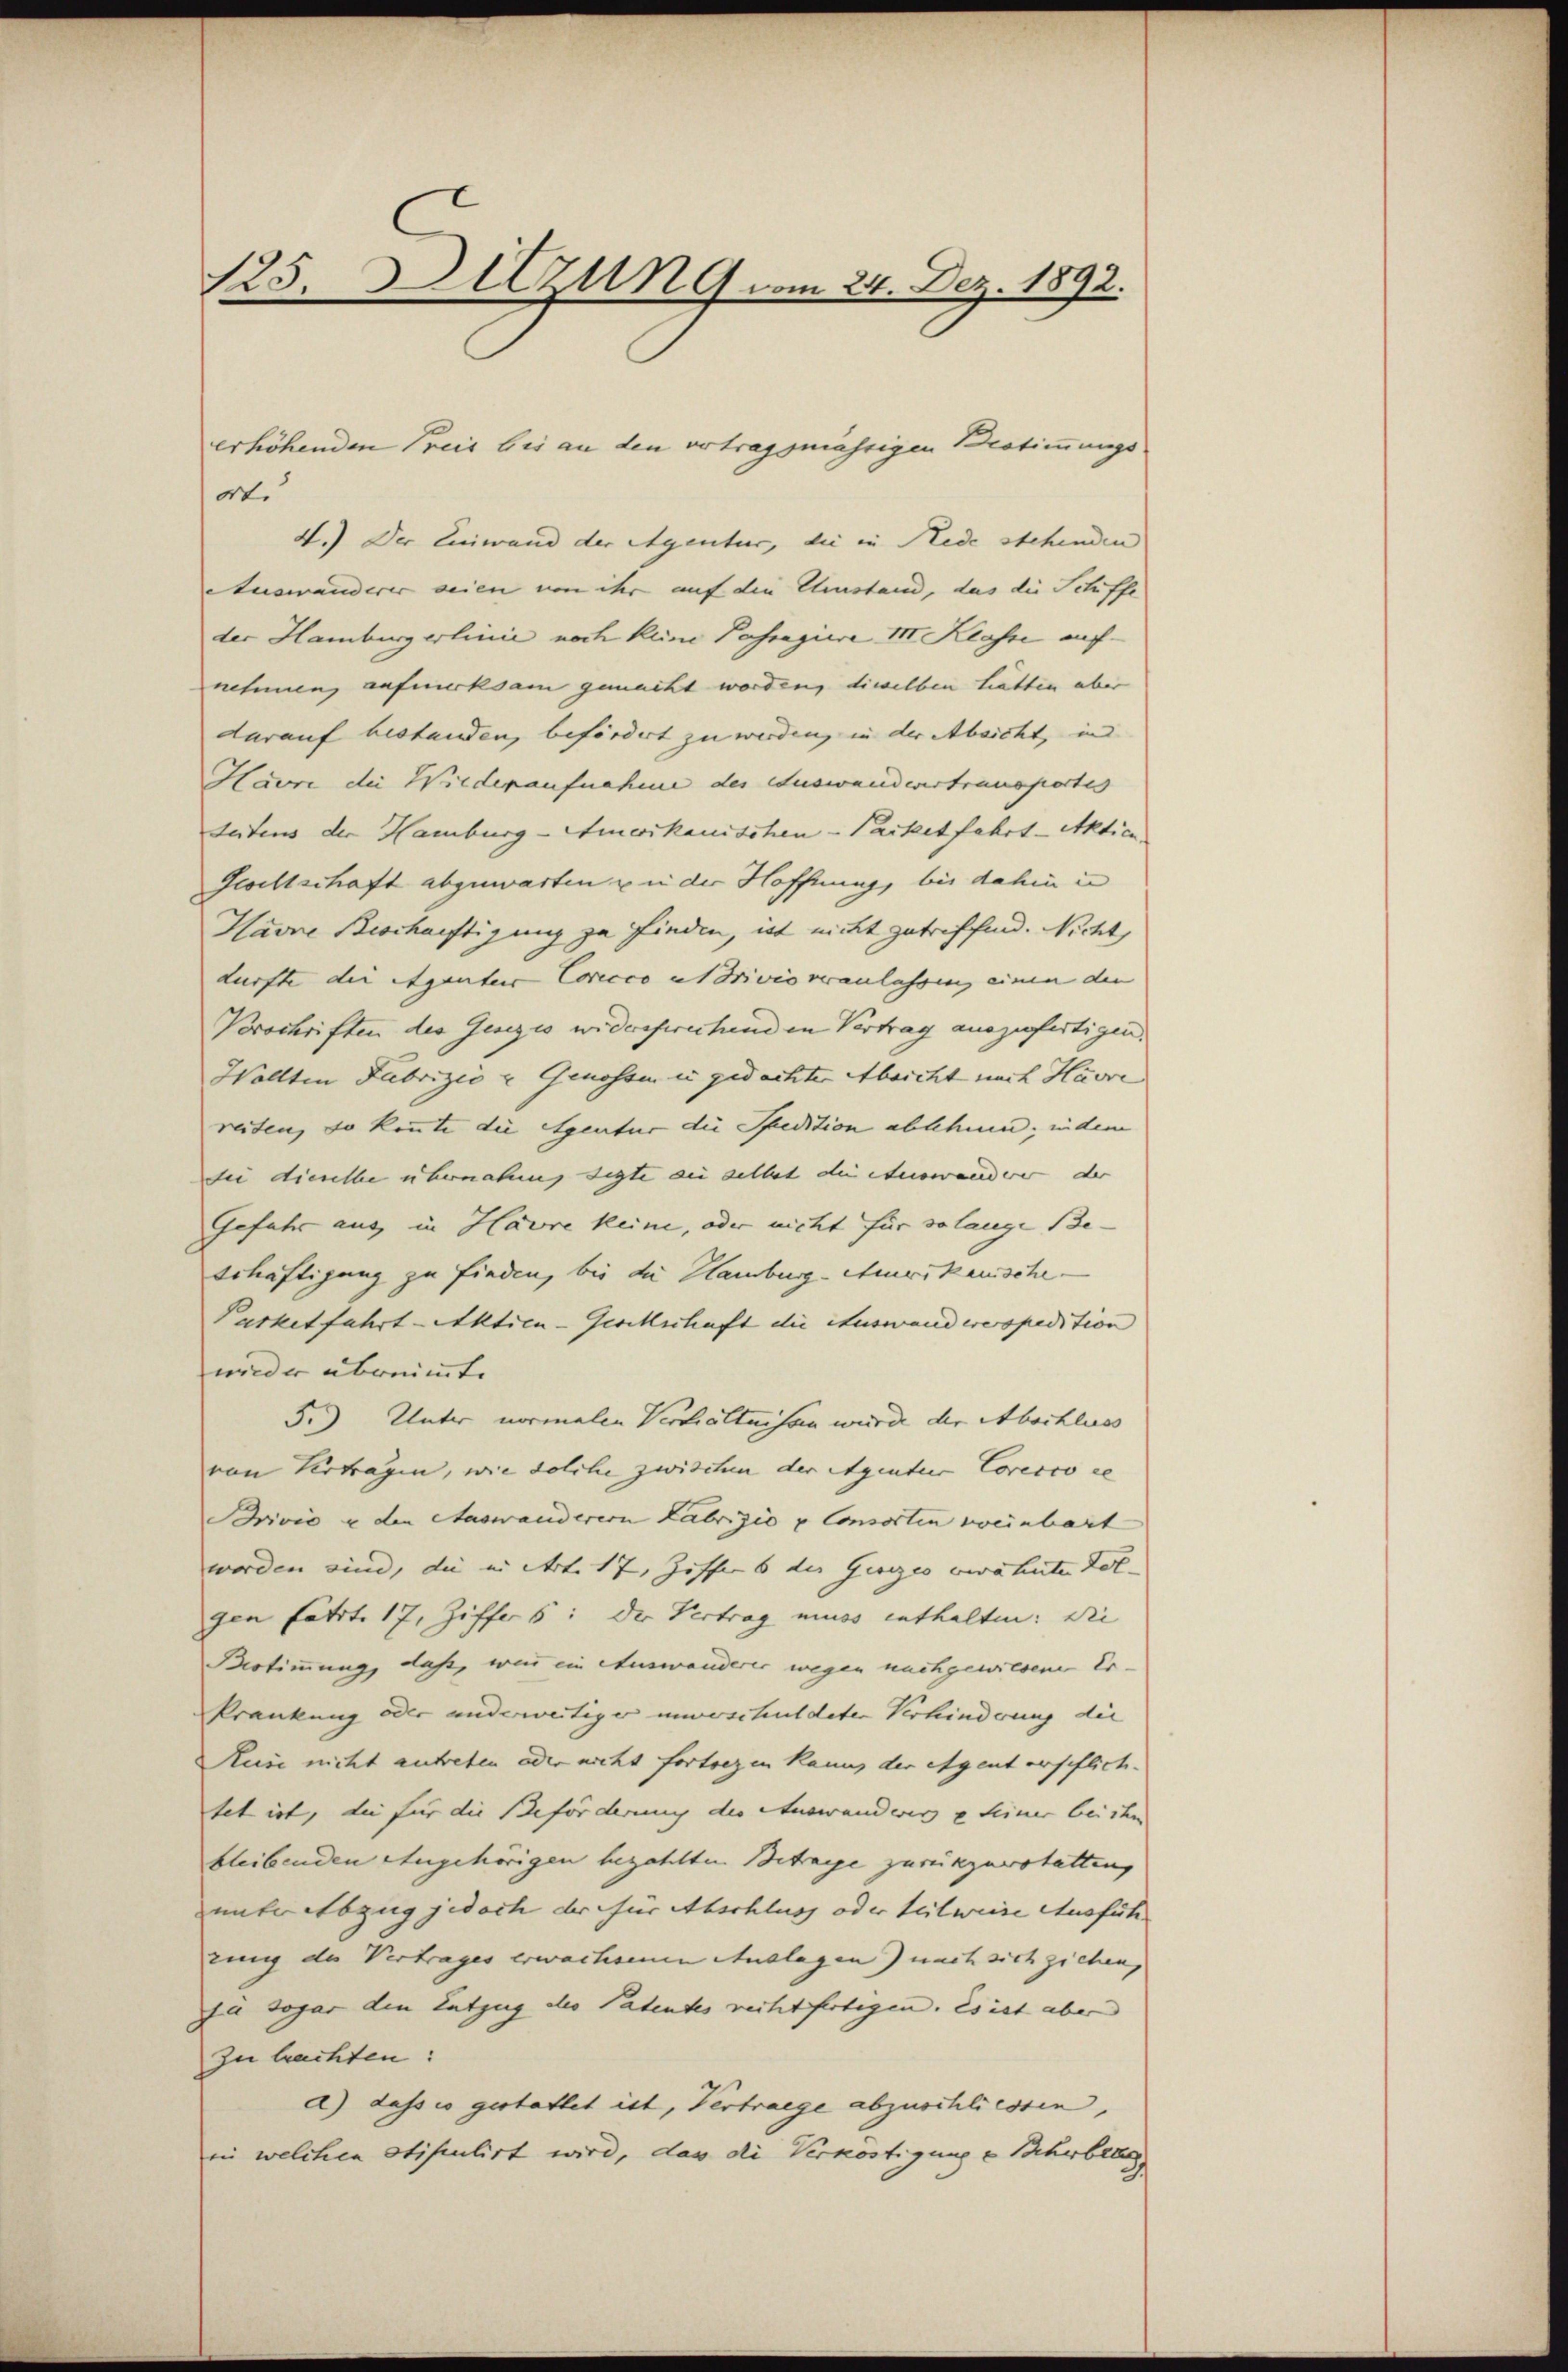
125. Sitzung vom 24. Dez. 1892.

erhöhenden Preis bis an den vertragsmässigen Bestimmungs-
ort.
4.) Der Einwand der Agentur, die in Rede stehenden
Auswanderer seien von ihr auf die Umstand, das die Schiffe
der Hamburgerlinie noch keine Pasregiere III Klasse aufnehmen, aufmerksam gemacht worden, dieselben hatten aber
darauf bestanden, befördert zu werden, in der Absicht, in
Havre die Wiederaufnahme des Auswandevertransportes
Seitens der Hamburg-Amerikanischen-Packet fahrt Aktien.
Gesellschaft abzuwarten zu der Hoffnung, bei dahin in
Havre Beschaftigung zu finden, ist nicht getreffend. Nicht
dürfte die Eigentur Concco ut drivio veranlassung einen den
Vorschriften des Genzis widerspruchenden Vertrag auszufertigen,
Wollten Fabrizić u Genossen in gedachter Absicht nach Havre
reiten, so konnte die Agentur die Spedition ablehnen; indem
dee dieselbe übernahm, sagte ein selbst die terverweiderer der
Gefahr aus in Havre keine, oder nicht für solange Be-
Schäftigung zu finden, bis die Hamburg-Amerikanische
Purketfahrt Aktien-Geockschaft die Auswand verspedition
wieder übernimmte
5.) Unter normalen Verhältnissen wurde der Abschluss
von Vertragen, wie solche zwischen der Agentur Coresco de
Brivić u den Auswanderern Labrizio p Consorten weinbart
worden sind, die in Art. 17, Ziffer 6 der Gesezes verähnten Fol-
gen fährt. 17, Ziffer 6: Der Vertrag muss enthalten: Die
Vestimmung, daß, wird ein Auswanderer wegen nachgewiesenen Er-
krankung oder anderweitiger unweschuldeter Verhinderung die
Ruse nicht antreten oder nicht fortregen kann der Agent verpflichtet ist, die für die Beförderung der Auswanderes u seiner bei den
bleibenden Augehörigen bezahlten Betrage zurückzuerstatten,
unter Abzug jedoch der für Abschluch oder teilweise Ausfüh- |
einig des Vertrages erwachsenen Auslagen) nach sich ziehen,
ie sogar den Entzug des Patentes rechtfertigen. Es ist aber
zu brachten:
d) dass es gestattet ist, Vertraege abzuschliessen,
in welchen stipulirt wird, das die Verköstigung u Scherbetes